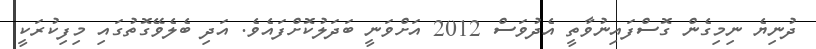
ދުނިޔެ ނިމިގެން ގޮސްފައިނުވާތީ އެދުވަސް 2012 އަށްވަނީ ބަދަލުކޮށްފައެވެ. އަދި ބެލެވޭގޮތުގައި މިފިކުރަކީ